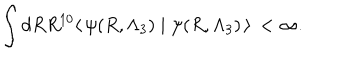
LaTeX: \int d R R ^ { 1 0 } \langle \, \psi ( R , \Lambda _ { 3 } ) \mid \psi ( R , \Lambda _ { 3 } ) \, \rangle \, < \infty .